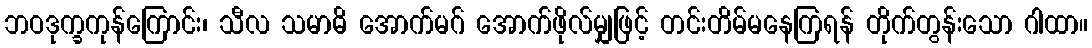
ဘဝဒုက္ခကုန်ကြောင်း၊ သီလ သမာဓိ အောက်မဂ် အောက်ဖိုလ်မျှဖြင့် တင်းတိမ်မနေကြရန် တိုက်တွန်းသော ဂါထာ။